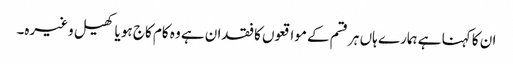
ان کا کہنا ہے ہمارے ہاں ہر قسم کے مواقعوں کا فقدان ہے وہ کام کاج ہو یا کھیل وغیرہ۔